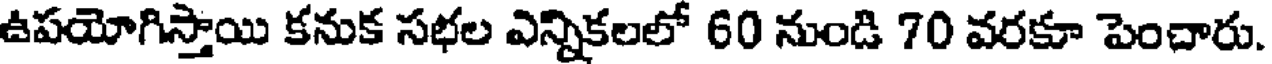
ఉపయోగిస్తాయి కనుక సభల ఎన్నికలలో 60 నుండి 70 వరకూ పెంచారు.